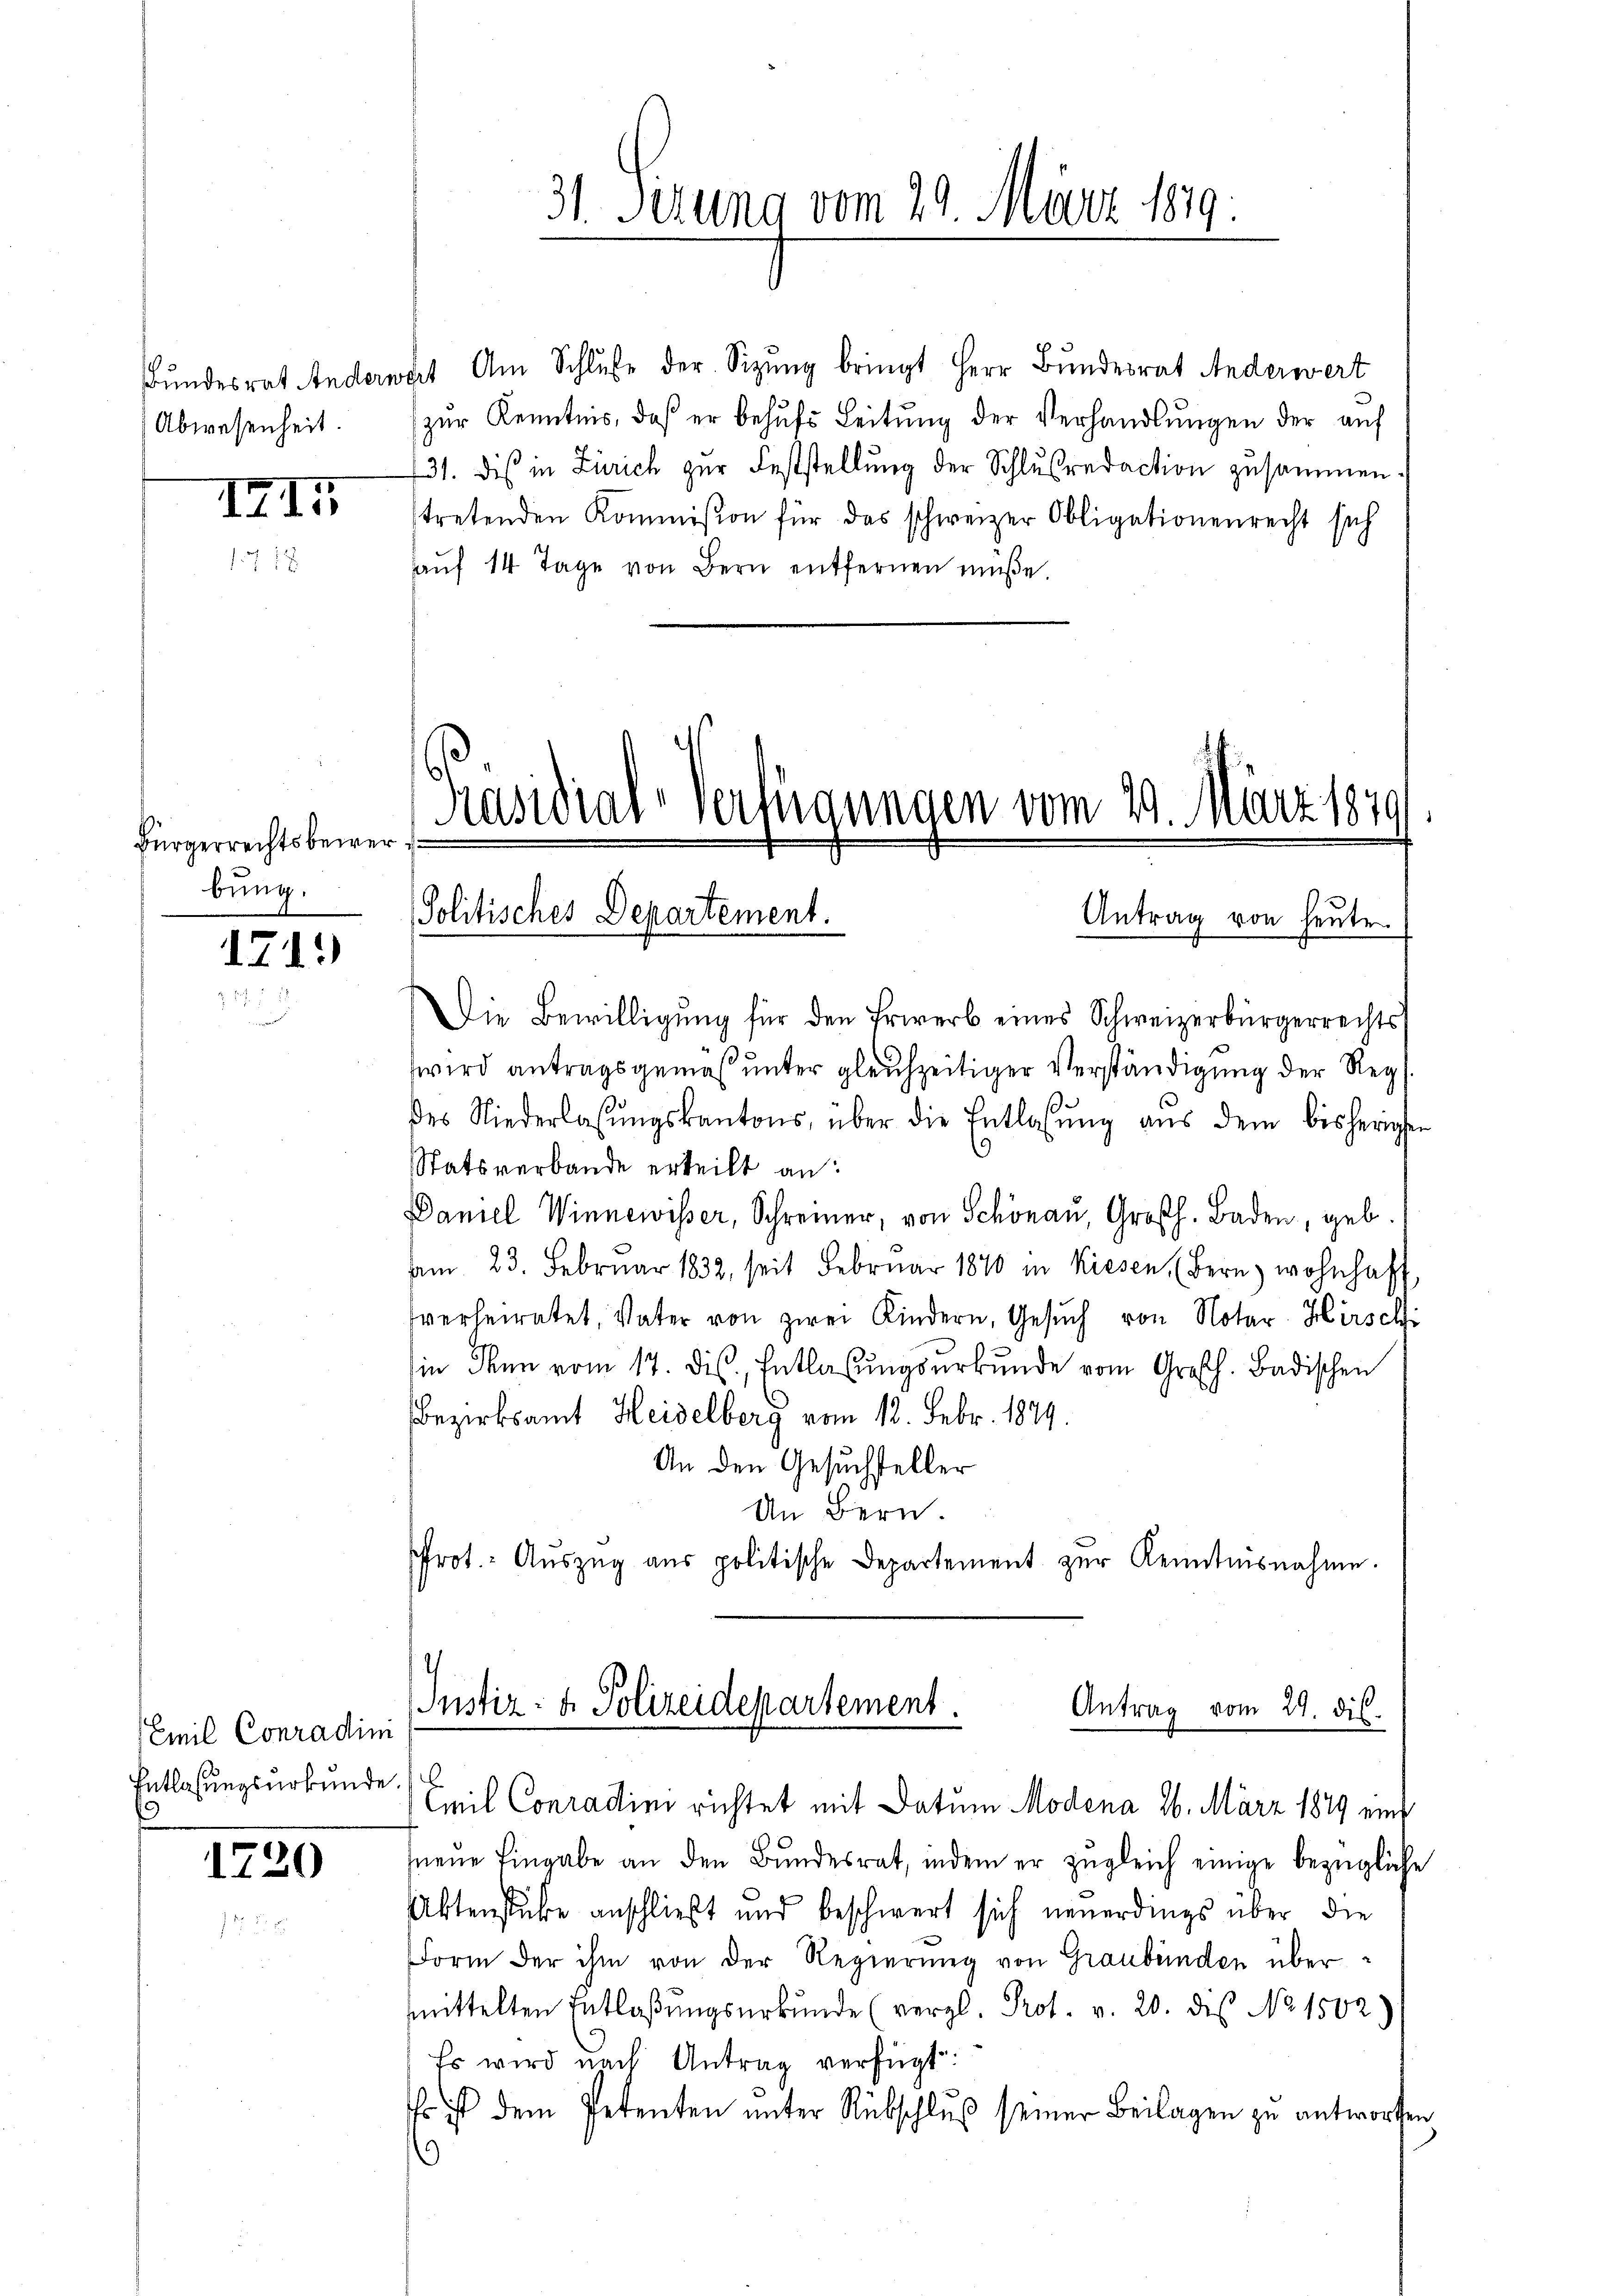
Abwesenheit.

III

Bürgerrechtsbewer
bung.

1741)

Emil Conradini
Entlaßungsurkunde.
s

1720

31. Setung vom 29. März 1879.

Bundesrat Anderwart Am Schluße der Sizŭng bringt Herr Bundesrat Anderwert
(zur Kenntnis, daß er behŭfs Leitung der Verhandlungen der auf
31. dis in Zürich zur Feststellung der Schlußredaction zusammen.
stretenden Kommission für das schweizer Obligationenrecht sich
aŭf 14 Tage von Bern entfernen müsse.

Präsidial-Verfügungen vom 29. März 1879.
Politisches Departement.
Antrag von heuten

Die Bewilligung für den Erwerb eines Schweizerbürgerrechts
wird antragsgemäß unter gleichzeitiger Verständigung der Regdes Niederlassŭngskantons, über die Entlassŭng aŭs dem bisherigen
Statsverbande erteilt an:
Daniel Winnewisser, Schreiner, von Schönau, Großh. Baden, geb.
vom 23. Februar 1832, seit Februar 1870 in Kiesen (Bern, wohnhaft
sverheiratet, Vater von zwei Kindern, Gesŭch von Notar Hirschi
sin dann vom 17. ds., Entlassungsurkunde vom Großh. Badischen
Bezirksamt Heidelberg vom 18. Febr. 1849.
An den Gesuchsteller
An Bern.
Prot. Aŭszŭg aŭs politische Departement zŭr Kenntnisnahme.

Justiz- & Polizeidepartement.
Antrag vom 29. dis
.
mil Conradini richtet mit Datum Modena 26. März 1849 ein¬

neŭe Eingabe an den Bŭndesrat, indem er zŭgleich einige bezügliche
Aktenstüke anschließt und beschwert sich neuerdings über die
Form der ihm von der Regierung von Graubünden übermittelten Entlaßungsurkunde (vergl. Prof. v. 20. die No 1502)
Es wird nach Antrag verfügt:
Es ist dem Petenten ŭnter Rübschlŭβ seiner Beilagen zu antworten
.